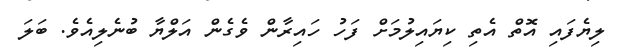
ލިޔެފައި އޮތް އެތި ކިޔައިލުމަށް ފަހު ހައިރާން ވެގެން އަލްޔާ ބުނެލިއެވެ. ބަލަ